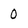
Character: 0